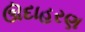
ઊદાહરણ